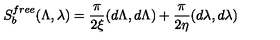
S _ { b } ^ { f r e e } ( \Lambda , \lambda ) = { \frac { \pi } { 2 \xi } } ( d \Lambda , d \Lambda ) + { \frac { \pi } { 2 \eta } } ( d \lambda , d \lambda )